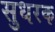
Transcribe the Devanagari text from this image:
सुधरक